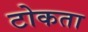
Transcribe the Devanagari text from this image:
टोकता